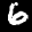
Label: 6